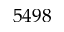
5 4 9 8